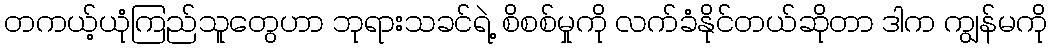
တကယ့်ယုံကြည်သူတွေဟာ ဘုရားသခင်ရဲ့ စိစစ်မှုကို လက်ခံနိုင်တယ်ဆိုတာ ဒါက ကျွန်မကို